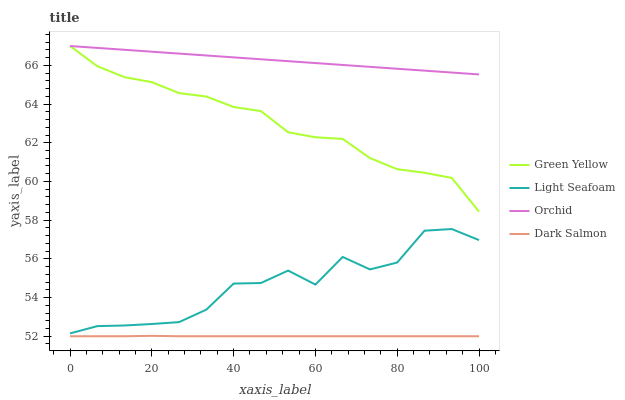
| xaxis_label | Green Yellow | Light Seafoam | Orchid | Dark Salmon |
 | --- | --- | --- | --- | --- |
 | 0 | 67 | 52.1 | 67 | 52 |
 | 6.67 | 66 | 52.5 | 66.9 | 52 |
 | 13.3 | 65.4 | 52.6 | 66.8 | 52 |
 | 20 | 65.1 | 52.6 | 66.7 | 52 |
 | 26.7 | 64.6 | 52.7 | 66.6 | 52 |
 | 33.3 | 64.4 | 53.4 | 66.5 | 52 |
 | 40 | 63.8 | 54.7 | 66.4 | 52 |
 | 46.7 | 63.6 | 54.8 | 66.3 | 52 |
 | 53.3 | 62.5 | 55.4 | 66.2 | 52 |
 | 60 | 62.3 | 54.7 | 66.1 | 52 |
 | 66.7 | 62.2 | 56.1 | 66 | 52 |
 | 73.3 | 61.2 | 55.5 | 65.9 | 52 |
 | 80 | 60.6 | 55.8 | 65.8 | 52 |
 | 86.7 | 60.5 | 57.5 | 65.7 | 52 |
 | 93.3 | 60.2 | 57.5 | 65.6 | 52 |
 | 100 | 58.4 | 57 | 65.5 | 52 |